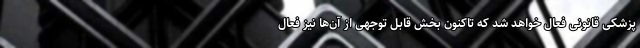
پزشکی قانونی فعال خواهد شد که تاکنون بخش قابل توجهی از آن‌ها نیز فعال